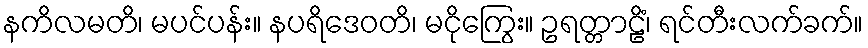
နကိလမတိ၊ မပင်ပန်း။ နပရိဒေဝတိ၊ မငိုကြွေး။ ဥရတ္တာဠိံ၊ ရင်တီးလက်ခက်။